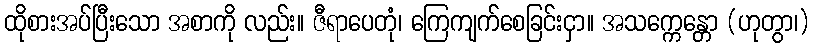
ထိုစားအပ်ပြီးသော အစာကို လည်း။ ဇီရာပေတုံ၊ ကြေကျက်စေခြင်းငှာ။ အသက္ကေန္တော (ဟုတွာ၊)